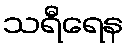
သရီရေန